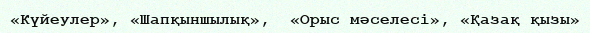
«Күйеулер», «Шапқыншылық»,  «Орыс мәселесі», «Қазақ қызы»